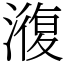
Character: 澓